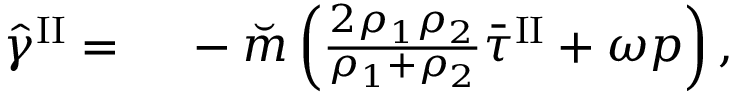
\begin{array} { r l } { \hat { \gamma } ^ { \mathrm { I I } } = } & { { } ~ - \breve { m } \left( \frac { 2 \rho _ { 1 } \rho _ { 2 } } { \rho _ { 1 } + \rho _ { 2 } } \bar { \tau } ^ { \mathrm { I I } } + \omega p \right) , } \end{array}